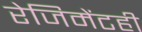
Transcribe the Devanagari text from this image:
रेजिमेंटही